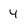
Character: 4